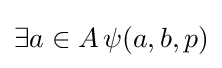
\exists a\in A\,\psi (a,b,p)